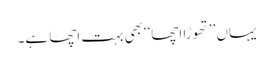
یہاں ’’تھوڑا اچھا‘‘بھی بہت اچھا ہے۔